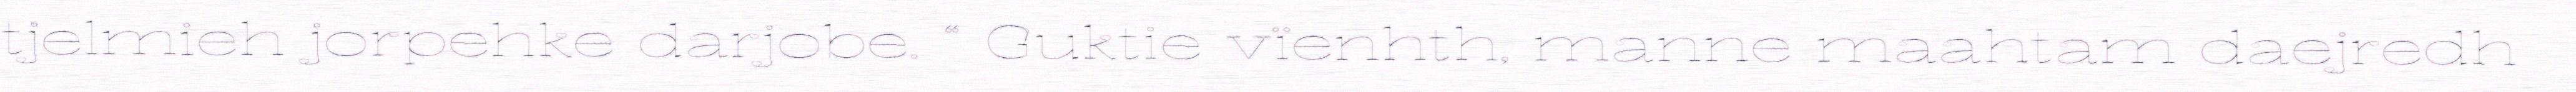
tjelmieh jorpehke darjobe. “ Guktie vïenhth, manne maahtam daejredh